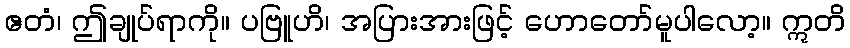
ဧတံ၊ ဤချုပ်ရာကို။ ပဗြူဟိ၊ အပြားအားဖြင့် ဟောတော်မူပါလော့။ ဣတိ